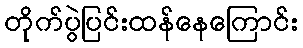
တိုက်ပွဲပြင်းထန်နေကြောင်း